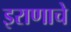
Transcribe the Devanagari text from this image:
इराणाचे